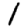
Digit: 1